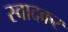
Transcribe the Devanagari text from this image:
स्वादकर